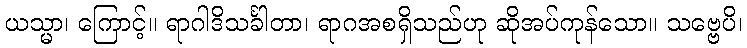
ယသ္မာ၊ ကြောင့်။ ရာဂါဒိသင်္ခါတာ၊ ရာဂအစရှိသည်ဟု ဆိုအပ်ကုန်သော။ သဗ္ဗေပိ၊